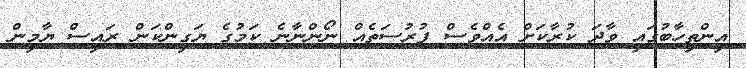
އިންތިހާބުގައި ވާދަ ކުރާކަށް އެއްވެސް ފުރުސަތެއް ނޯންނާނެ ކަމުގެ ޔަގީންކަން ރައީސް ޔާމީން